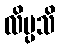
လိမ္ပသိ